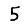
Digit: 5